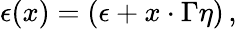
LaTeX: \epsilon(x)=(\epsilon+x\cdot\Gamma\eta)\, ,